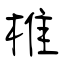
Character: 椎